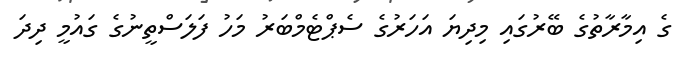
ގެ އިމާރާތުގެ ބޭރުގައި މިދިޔަ އަހަރުގެ ސެޕްޓެމްބަރު މަހު ފަލަސްތީނުގެ ގައުމީ ދިދަ